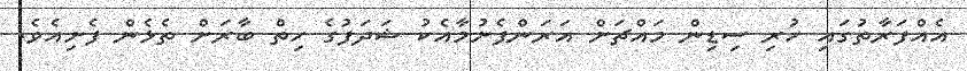
އެއްފަރާތުގައި ހުރި ސިޑިން މައްޗަށް އަރަންފެށުމާއެކު ޝަދަފުގެ ހިތް ބާރަށް ތެޅެން ފެށިއެވެ.